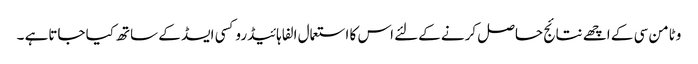
وٹامن سی کے اچھے نتائج حاصل کرنے کےلئے اس کا استعمال الفا ہائیڈروکسی ایسڈ کے ساتھ کیا جاتاہے ۔